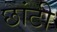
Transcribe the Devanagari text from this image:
छांटी